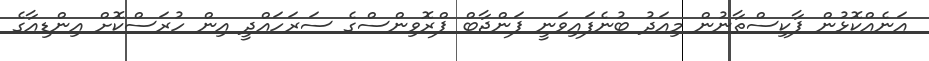
އަނެއްކޮޅުން ޕާކިސްތާނުން މިއަދު ބުނެފައިވަނީ ޕަންޖާބް ޕްރޮވިންސްގެ ސަރަހައްދީ އިން ހުރަސްކޮށް އިންޑިއާގެ